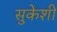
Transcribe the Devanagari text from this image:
सुकेशी